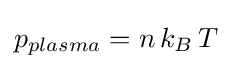
p_{plasma}=n\,k_{B}\,T